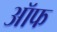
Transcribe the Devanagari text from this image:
ऑफ